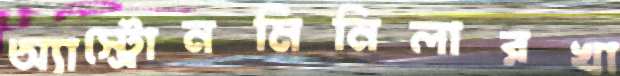
অ্যাস্ট্রোনমিনিলারখা